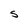
Character: S